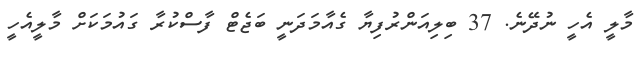
މާލީ އެހީ ނުދޭނެ. 37 ބިލިއަންރުފިޔާ ގެއާމަދަނީ ބަޖެޓް ފާސްކުރާ ގައުމަކަށް މާލީއެހީ